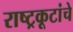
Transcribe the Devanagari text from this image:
राष्ट्रकूटांचे